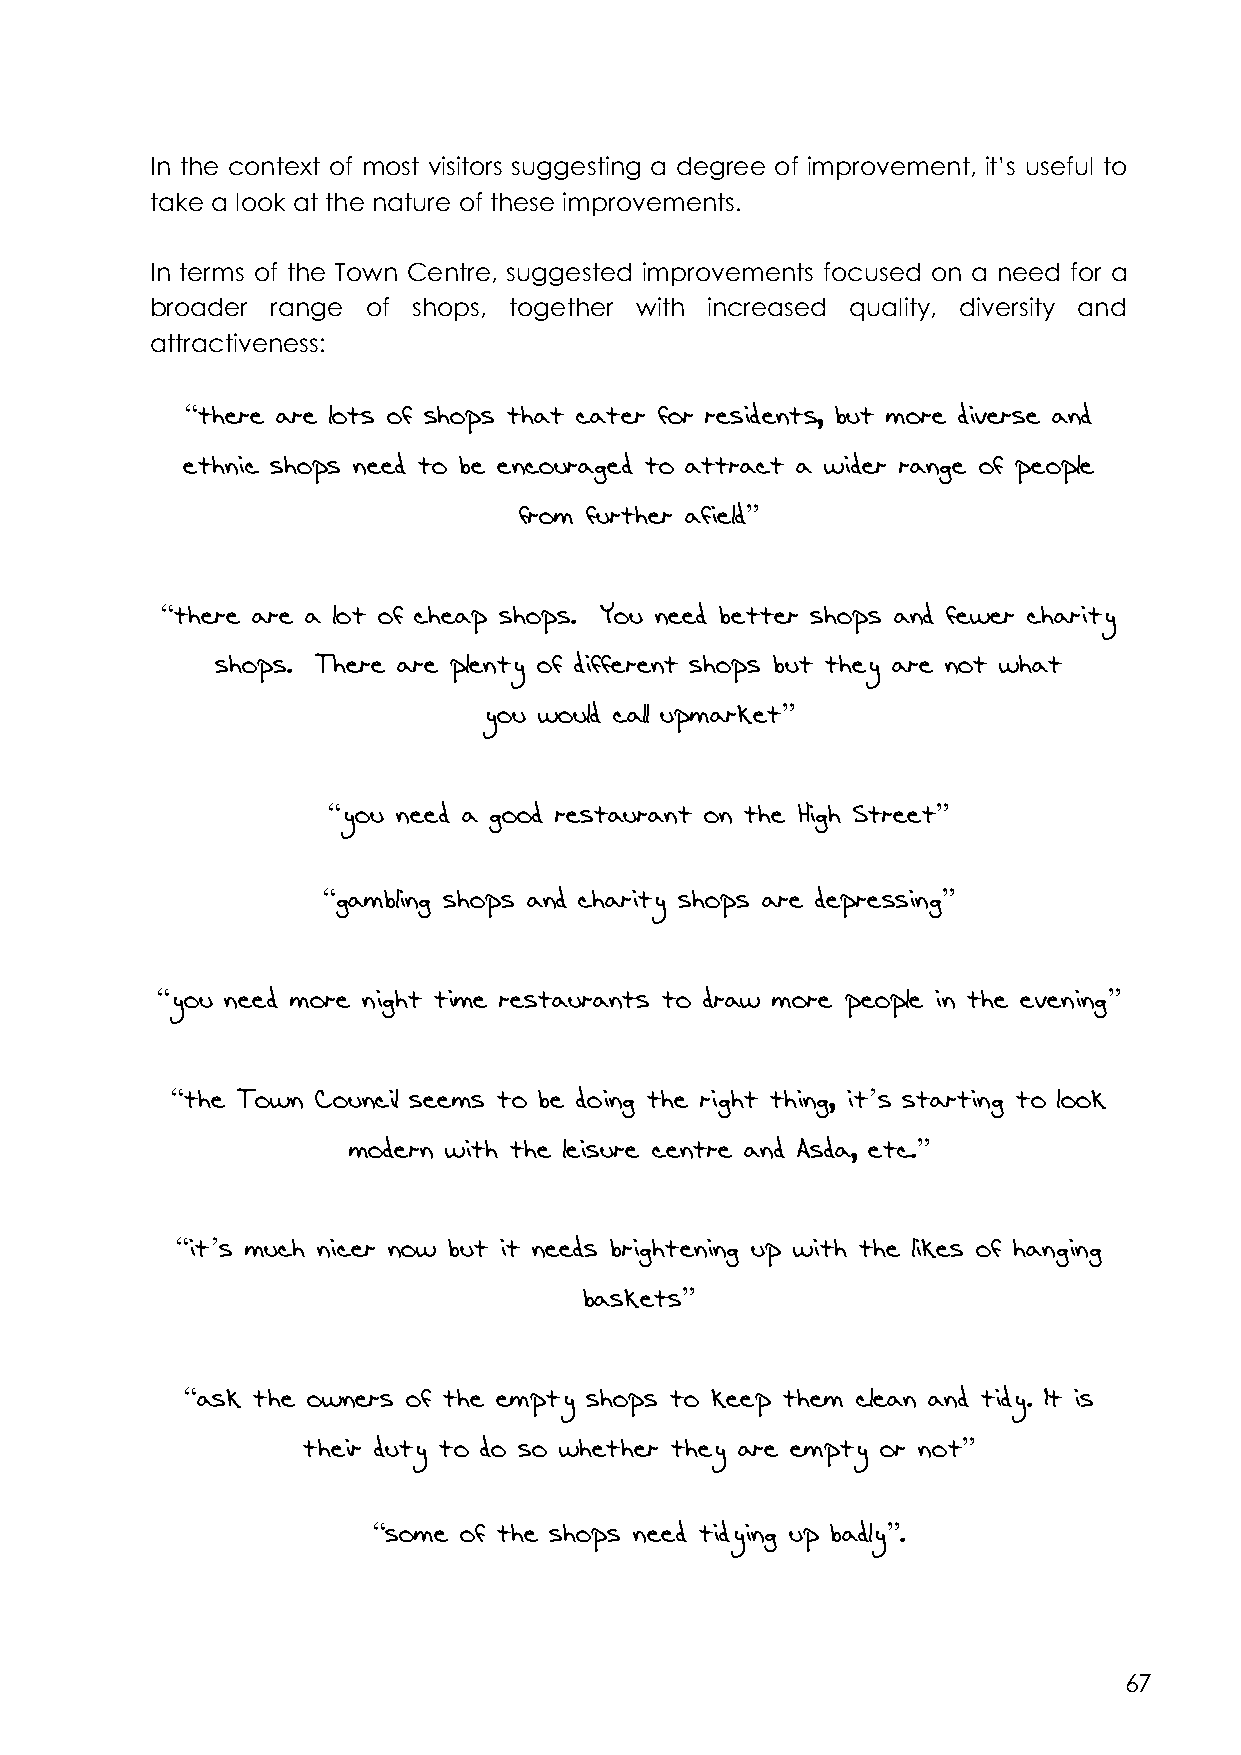
In the context of most visitors suggesting a degree of improvement, it’s useful to
 take a look at the nature of these improvements.
 In terms of the Town Centre, suggested improvements focused on a need for a
 broader range of shops, together with increased quality, diversity and
 attractiveness:
 “there are lots of shops that cater for residents, but more diverse and
 ethnic shops need to be encouraged to attract a wider range of people
 from further afield”
 “there are a lot of cheap shops. You need better shops and fewer charity
 shops. There are plenty of different shops but they are not what
 you would call upmarket”
 “you need a good restaurant on the High Street”
 “gambling shops and charity shops are depressing”
 “you need more night time restaurants to draw more people in the evening”
 “the Town Council seems to be doing the right thing, it’s starting to look
 modern with the leisure centre and Asda, etc.”
 “it’s much nicer now but it needs brightening up with the likes of hanging
 baskets”
 “ask the owners of the empty shops to keep them clean and tidy. It is
 their duty to do so whether they are empty or not”
 “some of the shops need tidying up badly”.
 67